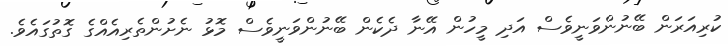
ކުރިއަރަން ބޭނުންވަނީވެސް އަދި މީހުން އޭނާ ދެކެން ބޭނުންވަނީވެސް މޮޅު ނެށުންތެރިއެއްގެ ގޮތުގައެވެ.